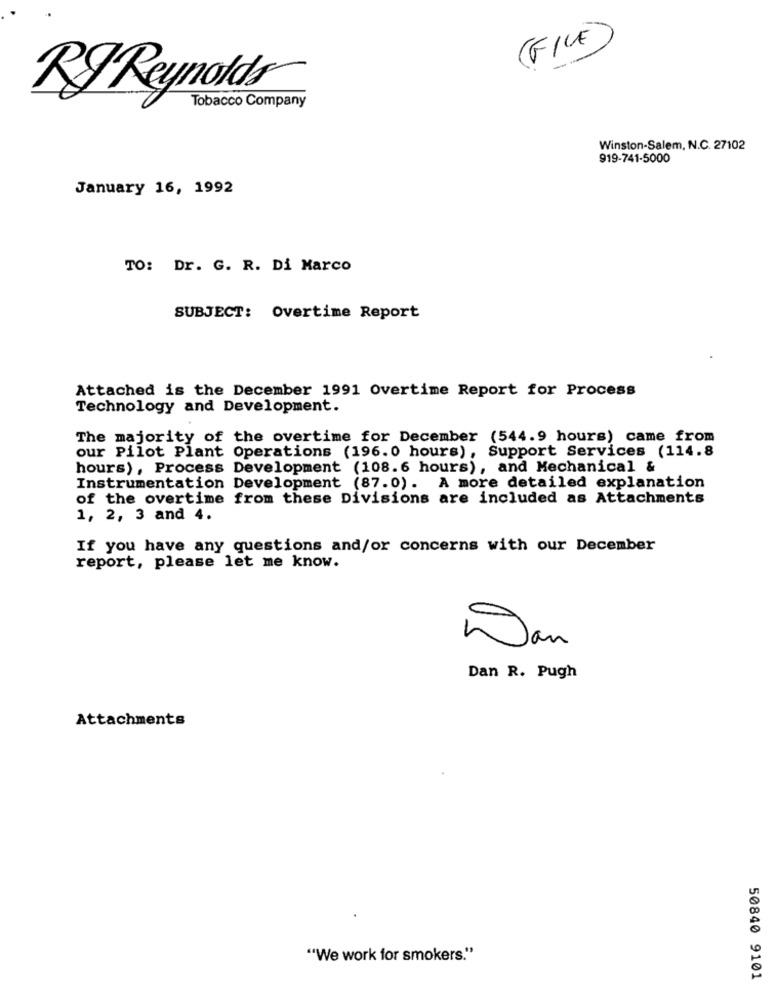
(FILE)
-
RJ Reynolds
Tobacco Company
Winston-Salem, N.C. 27102
919-741-5000
January 16, 1992
TO: Dr. G. R. Di Marco
SUBJECT: Overtime Report
Attached is the December 1991 Overtime Report for Process
Technology and Development.
The majority of the overtime for December (544.9 hours) came from
our Pilot Plant Operations (196. 0 hours), Support Services (114.8
hours), Process Development (108.6 hours), and Mechanical &
Instrumentation Development (87.0). A more detailed explanation
of the overtime from these Divisions are included as Attachments
1, 2, 3 and 4.
If you have any questions and/or concerns with our December
report, please let me know.
Jan
Dan R. Pugh
Attachments
"We work for smokers."
50840 9101